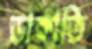
ডাকাতি